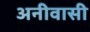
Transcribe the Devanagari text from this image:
अनीवासी